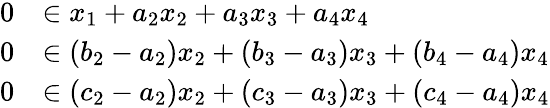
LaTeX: \begin{array}{rl}{0}&{\in x_{1}+a_{2}x_{2}+a_{3}x_{3}+a_{4}x_{4}}\\ {0}&{\in(b_{2}-a_{2})x_{2}+(b_{3}-a_{3})x_{3}+(b_{4}-a_{4})x_{4}}\\ {0}&{\in(c_{2}-a_{2})x_{2}+(c_{3}-a_{3})x_{3}+(c_{4}-a_{4})x_{4}}\end{array}